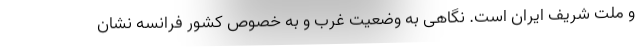
و ملت شریف ایران است. نگاهی به وضعیت غرب و به خصوص کشور فرانسه نشان